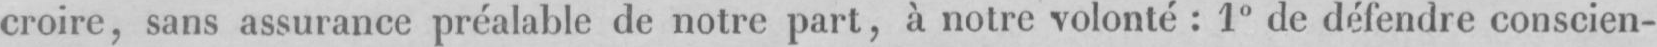
croire, sans assurance préalable de notre part, à notre volonté: 1° de défendre conscien-